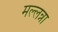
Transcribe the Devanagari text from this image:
मल्लन्ना